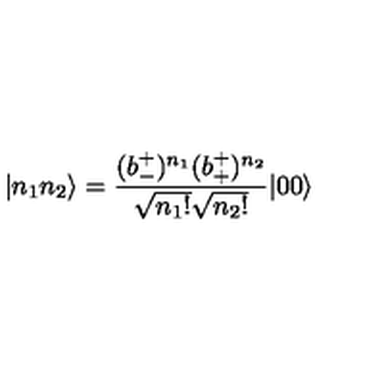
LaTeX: | n _ { 1 } n _ { 2 } \rangle = \frac { ( b _ { - } ^ { + } ) ^ { n _ { 1 } } ( b _ { + } ^ { + } ) ^ { n _ { 2 } } } { \sqrt { n _ { 1 } ! } \sqrt { n _ { 2 } ! } } | 0 0 \rangle